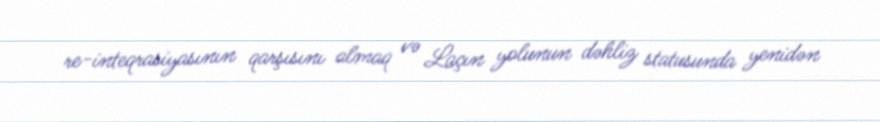
re-inteqrasiyasının qarşısını almaq və Laçın yolunun dəhliz statusunda yenidən